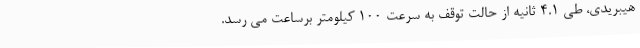
هیبریدی، طی 4.1 ثانیه از حالت توقف به سرعت 100 کیلومتر برساعت می رسد.